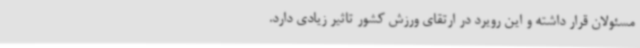
مسئولان قرار داشته و این رویرد در ارتقای ورزش کشور تاثیر زیادی دارد.